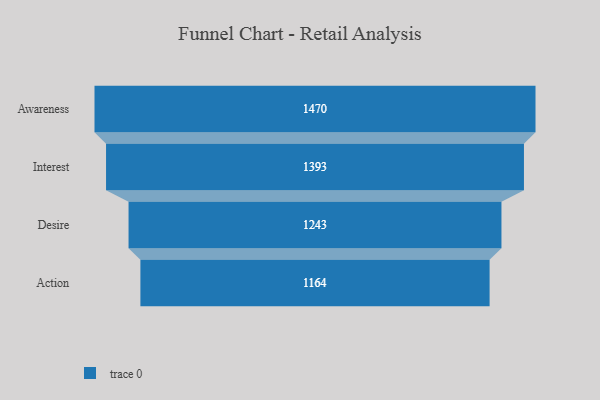
{"axis": {"x": "Stage", "y": "Value"}, "legend": [""], "data": [{"x": "Awareness", "y": 1470.0, "type": ""}, {"x": "Interest", "y": 1393.0, "type": ""}, {"x": "Desire", "y": 1243.0, "type": ""}, {"x": "Action", "y": 1164.0, "type": ""}]}